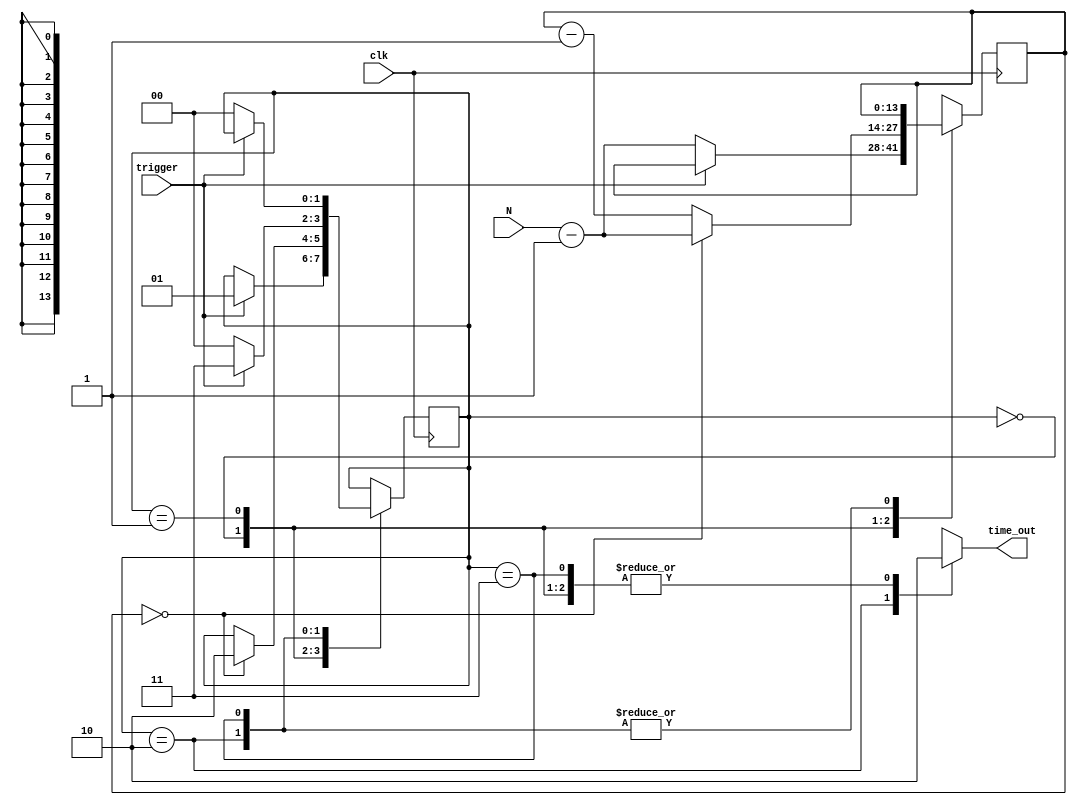
module delay (clk, trigger, N, time_out);
	
	input clk, trigger;
	input [13:0] N;
	output time_out;
	
	reg [13:0] count;
	reg time_out;
	
	reg [1:0] state;
	parameter IDLE = 2'b00, 	 COUNTING = 2'b01;
	parameter TIME_OUT = 2'b10, WAIT_LOW = 2'b11;
	
	initial state = IDLE;
	
	always @ (posedge clk) 
		case (state)
			IDLE: if (trigger==1'b1)
						state <= COUNTING;
				  else
						count <= N - 1'b1;
			COUNTING: if (count==0)
							begin
							count = N - 1'b1;
							state <=	TIME_OUT;
							end
						 else
							count <= count - 1'b1;
			TIME_OUT: if (trigger==1'b0)
							state <= IDLE;
						 else
							state <= WAIT_LOW;
			WAIT_LOW: if (trigger==1'b0)
							state <= IDLE;
			default: ;
		 endcase
		 
	always @ (*)
		case (state)
			IDLE:			time_out = 1'b0;
			COUNTING:	time_out = 1'b0;
			TIME_OUT:	time_out = 1'b1;
			WAIT_LOW:	time_out = 1'b0;
			default: ;
		endcase
		
endmodule